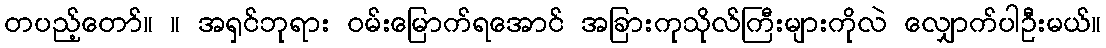
တပည့်တော်။ ။ အရှင်ဘုရား ဝမ်းမြောက်ရအောင် အခြားကုသိုလ်ကြီးများကိုလဲ လျှောက်ပါဦးမယ်။